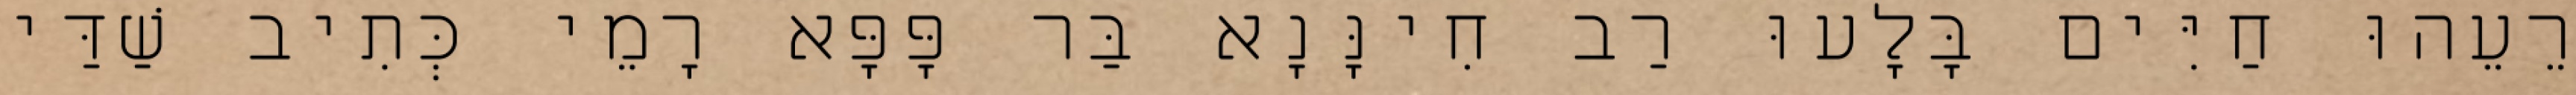
רֵעֵהוּ חַיִּים בָּלָעוּ רַב חִינָּנָא בַּר פָּפָּא רָמֵי כְּתִיב שַׁדַּי